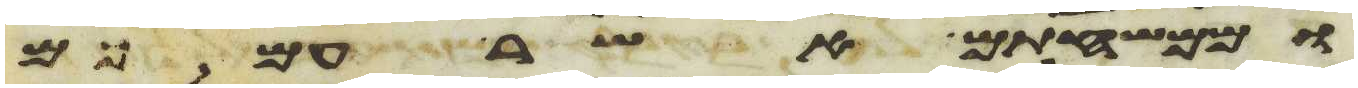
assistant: וממשפחתם אשר עמכם